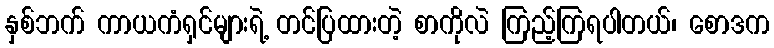
နှစ်ဘက် ကာယကံရှင်များရဲ့ တင်ပြထားတဲ့ စာကိုလဲ ကြည့်ကြရပါတယ်၊ စောဒက